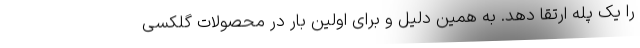
را یک پله ارتقا دهد. به همین دلیل و برای اولین بار در محصولات گلکسی